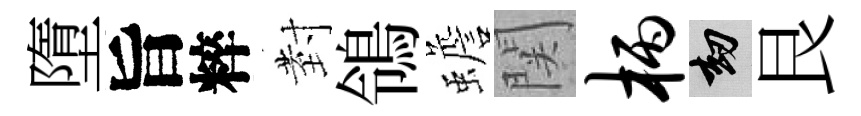
墮旨粹𭔹鴒蟾関柄劫艮